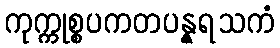
ကုက္ကုစ္စပကတပန္နရသကံ